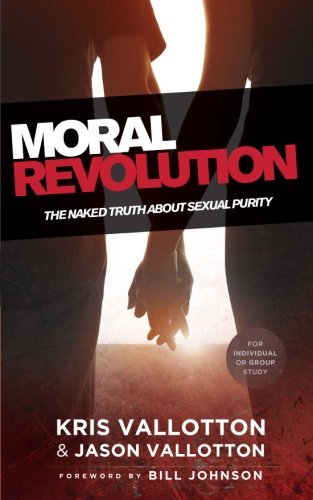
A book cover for Moral Revolution: The Naked Truth About Sexual Purity; Kris Vallotton; Christian Books & Bibles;